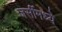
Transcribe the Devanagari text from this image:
जर्सीमध्ये